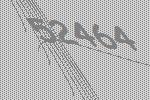
52464